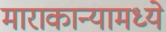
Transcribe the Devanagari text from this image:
माराकान्यामध्ये